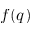
f ( q )